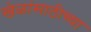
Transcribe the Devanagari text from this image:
खेळांसाठीच्या